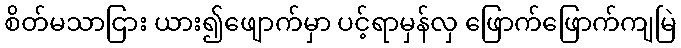
စိတ်မသာငြား ယား၍ဖျောက်မှာ ပင့်ရာမှန်လှ ဖြောက်ဖြောက်ကျမြဲ